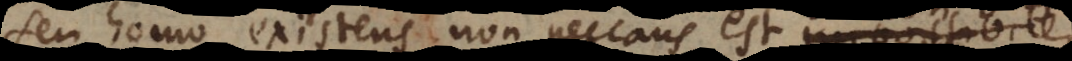
Seu homo existens non peccans est impo